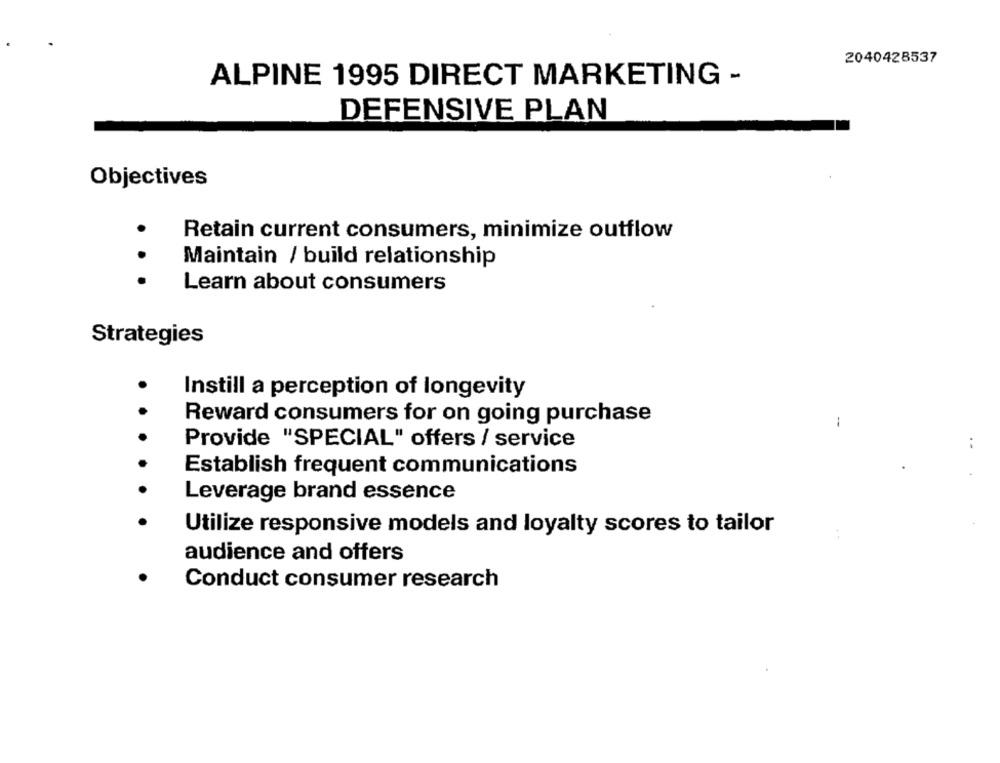
2040428537
ALPINE 1995 DIRECT MARKETING -
DEFENSIVE PLAN
Objectives
Retain current consumers, minimize outflow
Maintain / build relationship
. .
Learn about consumers
Strategies
Instill a perception of longevity
Reward consumers for on going purchase
Provide "SPECIAL" offers / service
Establish frequent communications
Leverage brand essence
Utilize responsive models and loyalty scores to tailor
audience and offers
Conduct consumer research